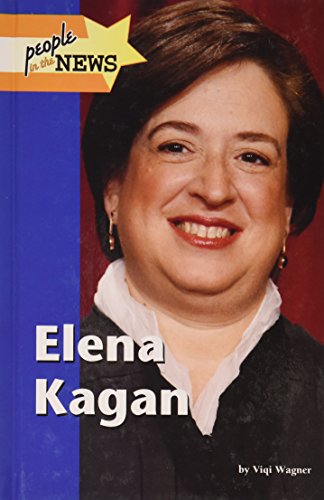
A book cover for Elena Kagan (People in the News); Viqi Wagner; Teen & Young Adult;